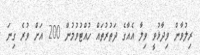
ރިލުވާން ވިދާޅުވީ ވިލާ އެއާގެ ދަތުރުތައް ހުއްޓުވުމުން 200 އަށް ވުރެ ގިނަ